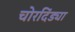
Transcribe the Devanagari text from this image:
चोरदिंड्या